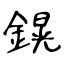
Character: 鎤